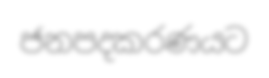
ජනපදකරණයට